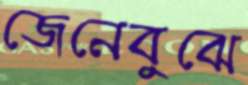
জেনেবুঝে